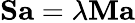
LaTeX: \mathbf{S}\mathbf{a}=\lambda\mathbf{M}\mathbf{a}